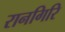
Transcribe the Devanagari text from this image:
रानगिरि